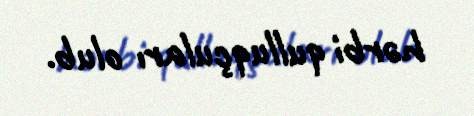
hərbi qulluqçuları olub.